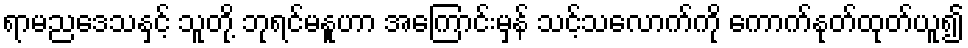
ရာမညဒေသနှင့် သူတို့ ဘုရင်မနူဟာ အကြောင်းမှန် သင့်သလောက်ကို ကောက်နုတ်ထုတ်ယူ၍